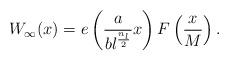
LaTeX: \begin{align*}W_{\infty}(x) = e\left(\frac{a}{bl^{\frac{n_l}{2}}}x\right) F\left(\frac{x}{M}\right). \end{align*}